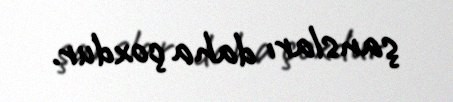
şansları daha çoxdur.